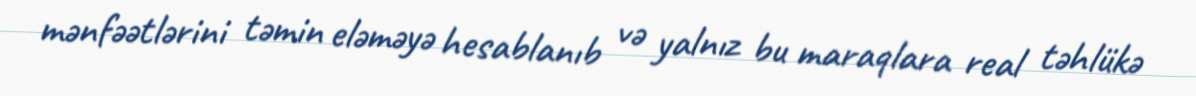
mənfəətlərini təmin eləməyə hesablanıb və yalnız bu maraqlara real təhlükə